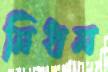
নিধন